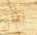
تطفئ